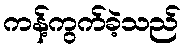
ကန့်ကွက်ခဲ့သည်